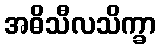
အဓိသီလသိက္ခာ